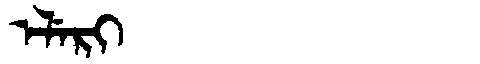
Manchu: ᡝᠯᡝᡵᡳ
Romanization: ELERI